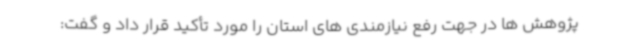
پژوهش ها در جهت رفع نیازمندی های استان را مورد تأکید قرار داد و گفت: